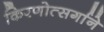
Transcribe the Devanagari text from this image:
किरणोत्सर्गाने